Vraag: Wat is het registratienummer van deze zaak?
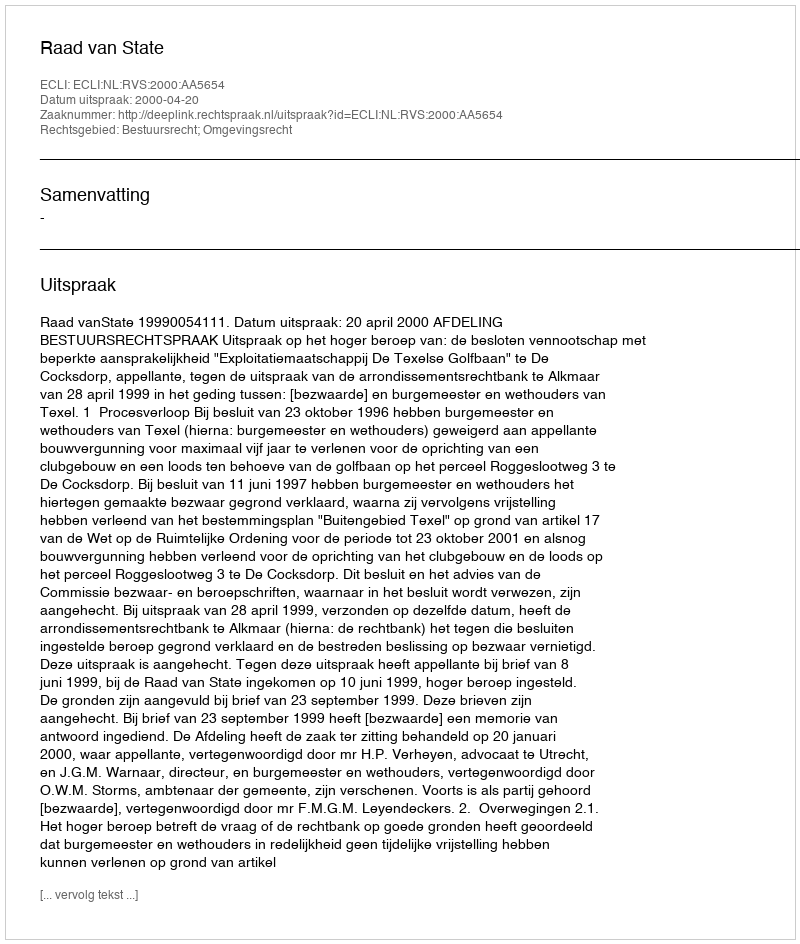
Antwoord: http://deeplink.rechtspraak.nl/uitspraak?id=ECLI:NL:RVS:2000:AA5654